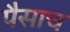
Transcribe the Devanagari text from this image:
पैसाच